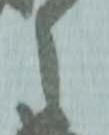
之